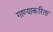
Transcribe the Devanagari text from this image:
गाण्याकरिता